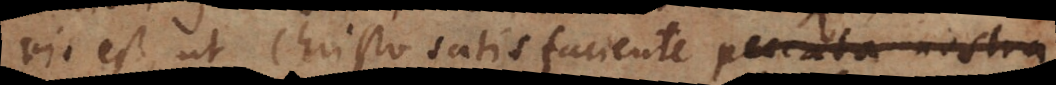
vis est, ut Christo satisfaciente peccata nostra